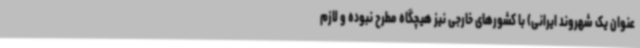
عنوان یک شهروند ایرانی) با کشورهای خارجی نیز هیچگاه مطرح نبوده و لازم